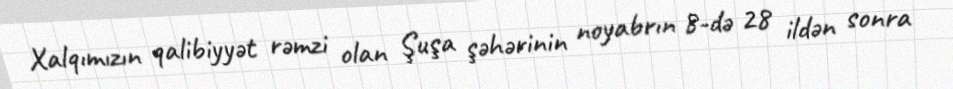
Xalqımızın qalibiyyət rəmzi olan Şuşa şəhərinin noyabrın 8-də 28 ildən sonra